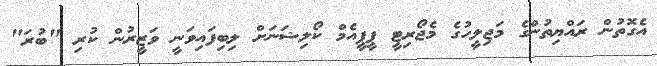
އެގޮތުން ރައްޔިތުންގެ މަޖިލީހުގެ މެޖޯރިޓީ ޕީޕީއެމް ކޯލިޝަނަށް ލިބިފައިވަނީ ވަޒީރުން ކުރި "ބުރަ"